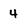
Character: 4